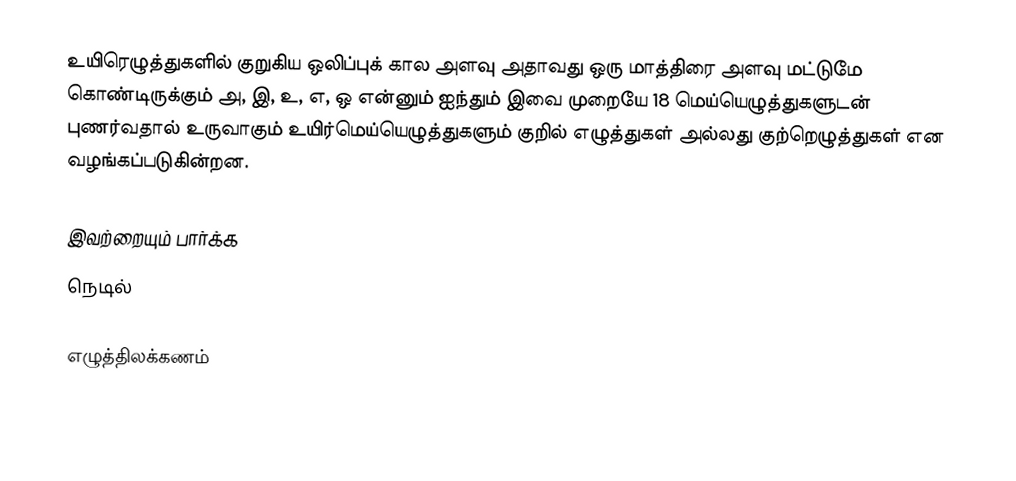
உயிரெழுத்துகளில் குறுகிய ஒலிப்புக் கால அளவு அதாவது ஒரு மாத்திரை அளவு மட்டுமே கொண்டிருக்கும் அ, இ, உ, எ, ஒ என்னும் ஐந்தும் இவை முறையே 18 மெய்யெழுத்துகளுடன் புணர்வதால் உருவாகும் உயிர்மெய்யெழுத்துகளும் குறில் எழுத்துகள் அல்லது குற்றெழுத்துகள் என வழங்கப்படுகின்றன.

இவற்றையும் பார்க்க
 நெடில்

எழுத்திலக்கணம்